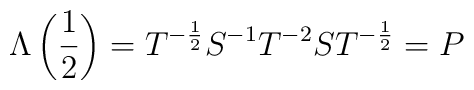
\Lambda \left( \frac{1}{2}\right) =T^{-\frac{1}{2}}S^{-1}T^{-2}ST^{-\frac{1}{2}}=P